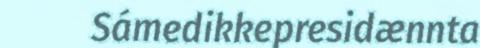
Sámedikkepresidænnta